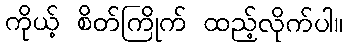
ကိုယ့် စိတ်ကြိုက် ထည့်လိုက်ပါ။